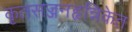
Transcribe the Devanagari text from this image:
कृतसज्जनहृन्निकेत